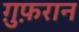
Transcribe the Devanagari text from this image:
ग़ुफ़रान